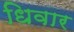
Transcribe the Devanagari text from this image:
धिवार